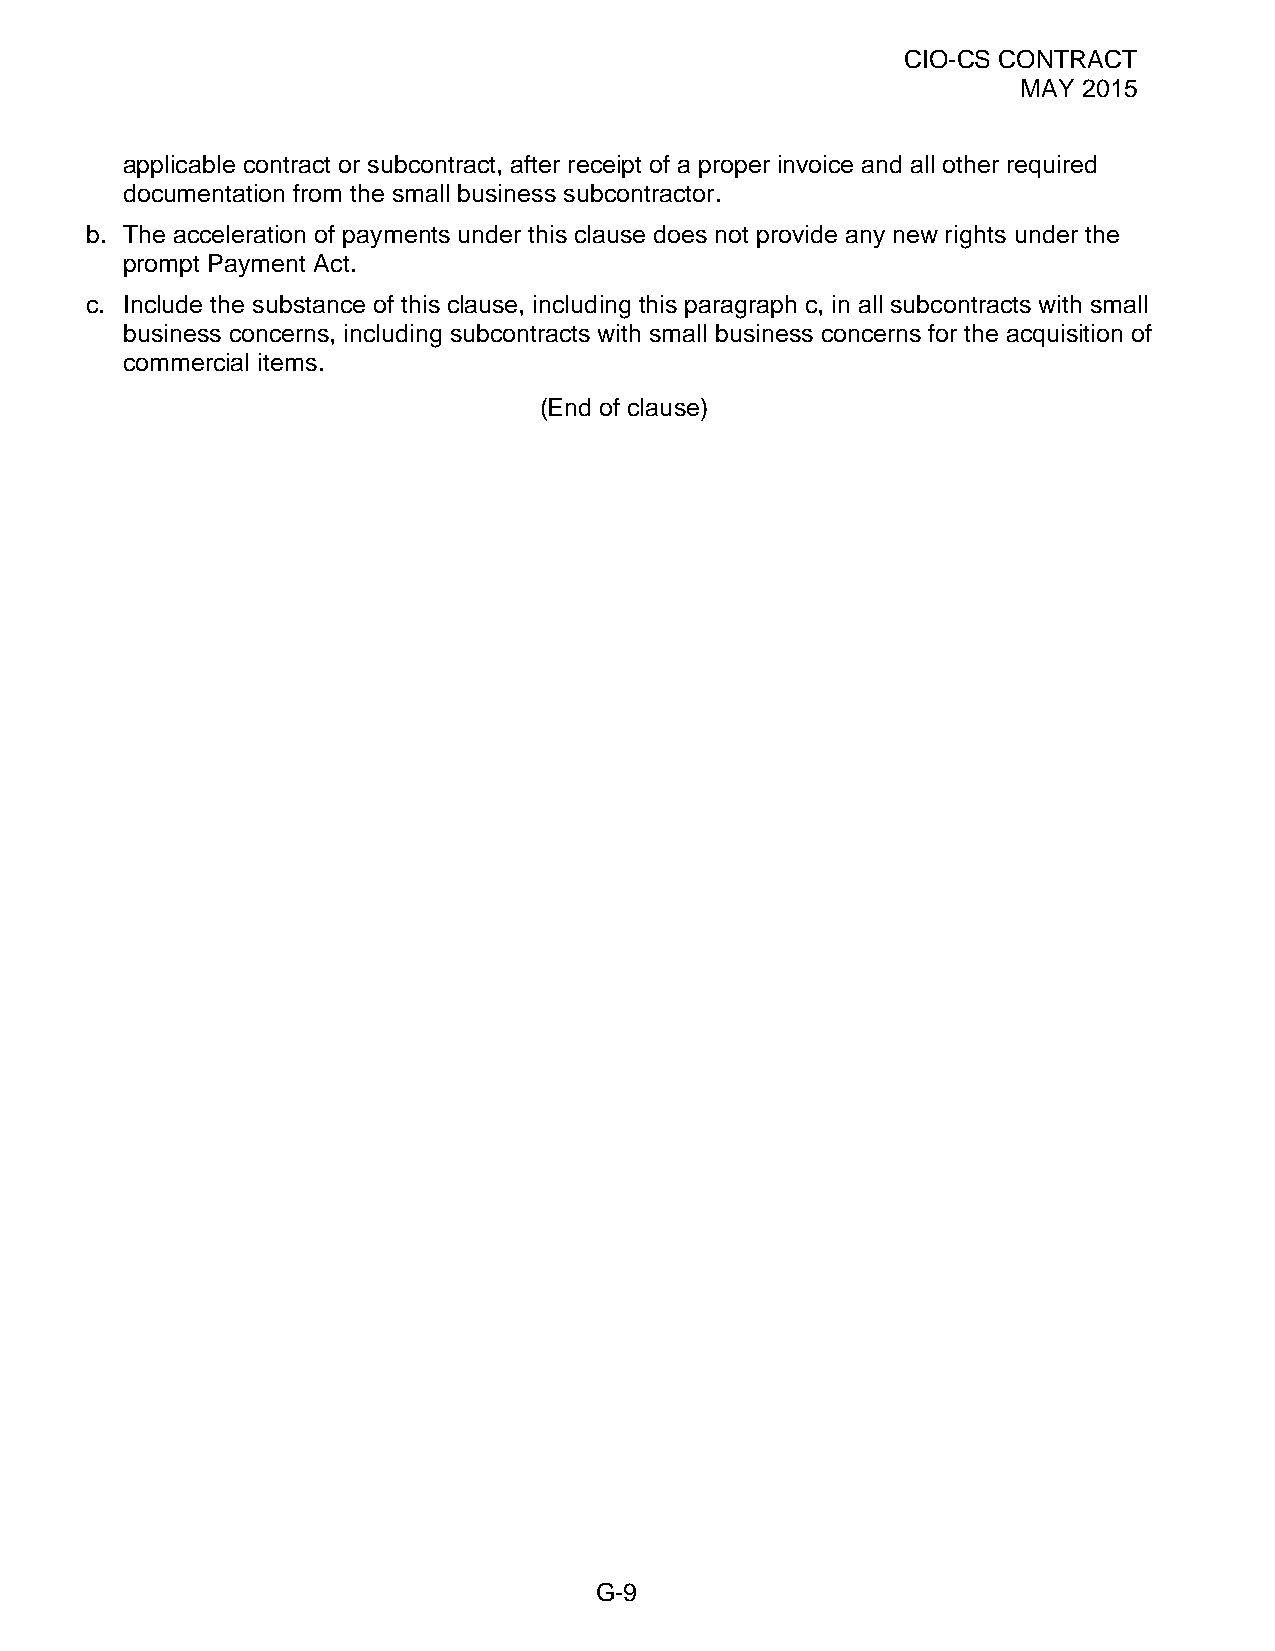
CIO-CS CONTRACT
 MAY 2015
 applicable contract or subcontract, after receipt of a proper invoice and all other required
 documentation from the small business subcontractor.
 b. The acceleration of payments under this clause does not provide any new rights under the
 prompt Payment Act.
 c. Include the substance of this clause, including this paragraph c, in all subcontracts with small
 business concerns, including subcontracts with small business concerns for the acquisition of
 commercial items.
 (End of clause)
 G-9